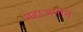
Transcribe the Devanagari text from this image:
महाजनीने